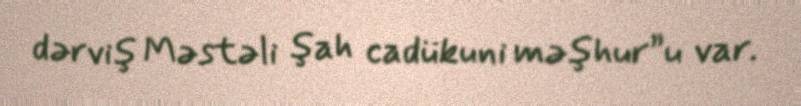
dərviş Məstəli şah cadükuni məşhur”u var.